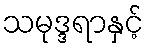
သမုဒ္ဒရာနှင့်